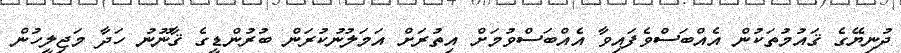
ދުނިޔޭގެ ޤައުމުތަކުން އެއްބަސްވެފައިވާ އެއްބަސްވުމަށް އިތުރަށް އަމަލުނުކުރަން ބުރުންޑީގެ ޤާނޫނު ހަދާ މަޖިލީހުން